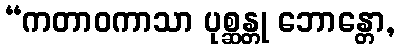
“ကတာဝကာသာ ပုစ္ဆန္တု ဘောန္တော,